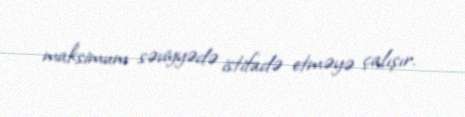
maksimum səviyyədə istifadə etməyə çalışır.